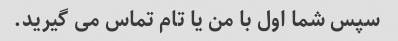
سپس شما اول با من یا تام تماس می گیرید.